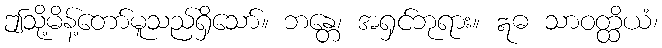
ဤသို့မိန့်တော်မူသည်ရှိသော်။ ဘန္တေ၊ အရှင်ဘုရား။ ဣဓ သာဝတ္ထိယံ၊